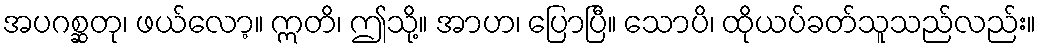
အပဂစ္ဆတု၊ ဖယ်လော့။ ဣတိ၊ ဤသို့။ အာဟ၊ ပြောပြီ။ သောပိ၊ ထိုယပ်ခတ်သူသည်လည်း။